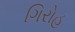
ગિરોહ